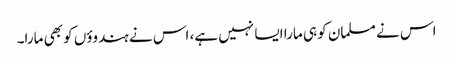
اس نے مسلمان کو ہی مارا ایسا نہیں ہے، اس نے ہندوؤں کو بھی مارا۔